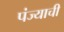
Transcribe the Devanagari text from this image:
पंज्याची